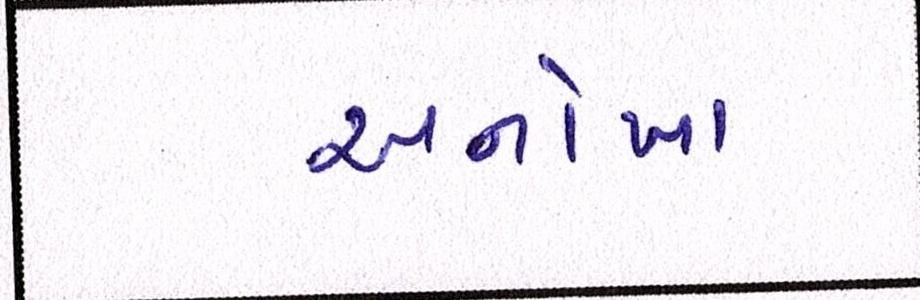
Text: અનોખા